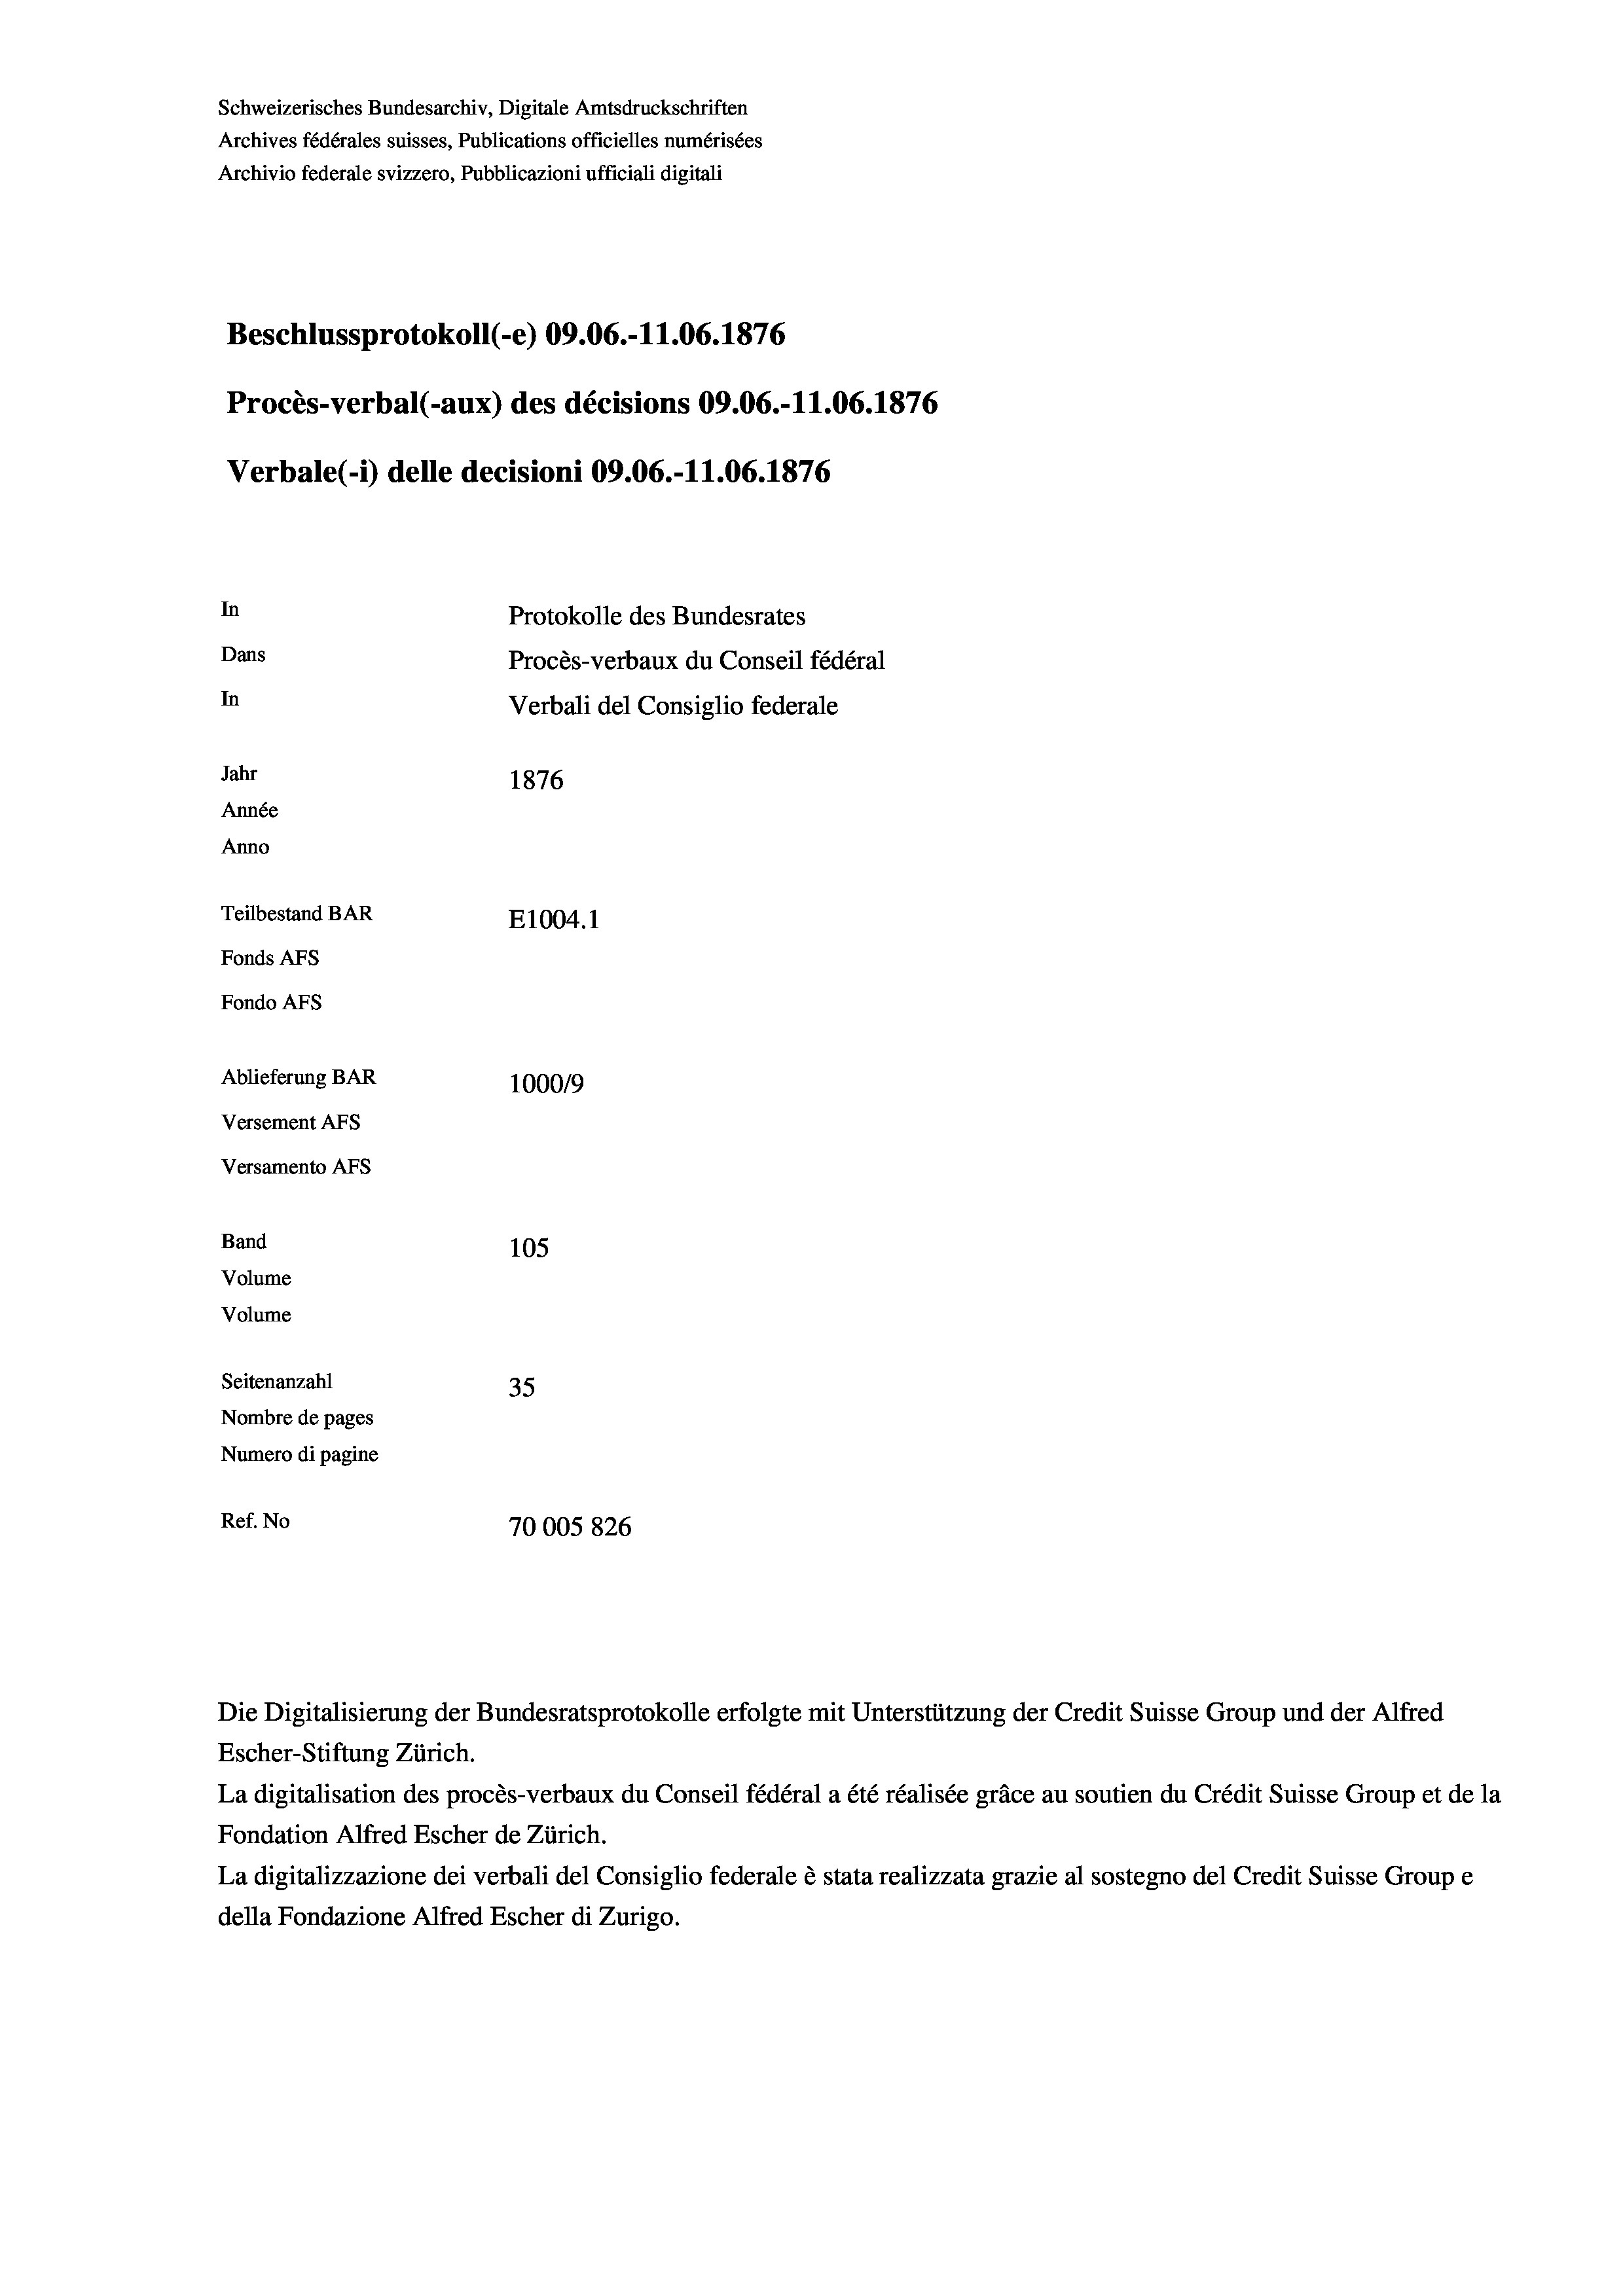
Schweizerisches Bundesarchiv, Digitale Amtsdruckschriften
Archives fédérales suisses, Publications officielles numérisées
Archivio federale svizzero, Pubblicazioni ufficiali digitali
Beschlussprotokoll (-e) 09.06.-11.06. 1876
Procès-verbal (-aux) des décisions 09.06.-11.06. 1876
Verbale(-*) delle decisioni 09.06.-11.06. 1876
In
Protokolle des Bundesrates
Dans
Procès-verbaux du Conseil fédéral
In
Verbali del Consiglio federale
Jahr
1876
Année
Anno
Teilbestand BAR
E1004. 1
Fonds AFs
Fondo Afs
Ablieferung BAR
100019
Versement AFs
Versamento Afs
Band
105
Volume
Volume

Seitenanzahl
35
Nombre de pages
Numero di pagine
Ref. No
70005 826

Die Digitalisierung der Bundesratsprotokolle erfolgte mit Unterstützung der Credit Suisse Group und der Alfred
Escher-Stiftung Zürich.
La digitalisation des procès-verbaux du Conseil fédéral a été réalisée gräce au soutien du Crédit Suisse Group et de la
Fondation Alfred Escher de Zürich.
La digitalizzazione dei verbali del Consiglio federale è stata realizzata grazie al sostegno del Credit Suisse Groupe
della Fondazione Alfred Escher di Zurigo.